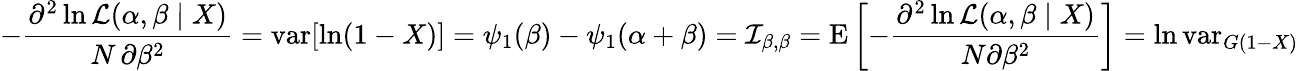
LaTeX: -{\frac{\partial^{2}\ln{\mathcal{L}}(\alpha,\beta\mid X)}{N\, \partial\beta^{2}}}=\operatorname{var}[\ln(1-X)]=\psi_{1}(\beta)-\psi_{1}(\alpha+\beta)={\mathcal{I}}_{\beta,\beta}=\operatorname{E}\left[-{\frac{\partial^{2}\ln{\mathcal{L}}(\alpha,\beta\mid X)}{N\partial\beta^{2}}}\right]=\ln\operatorname{var}_{G(1-X)}